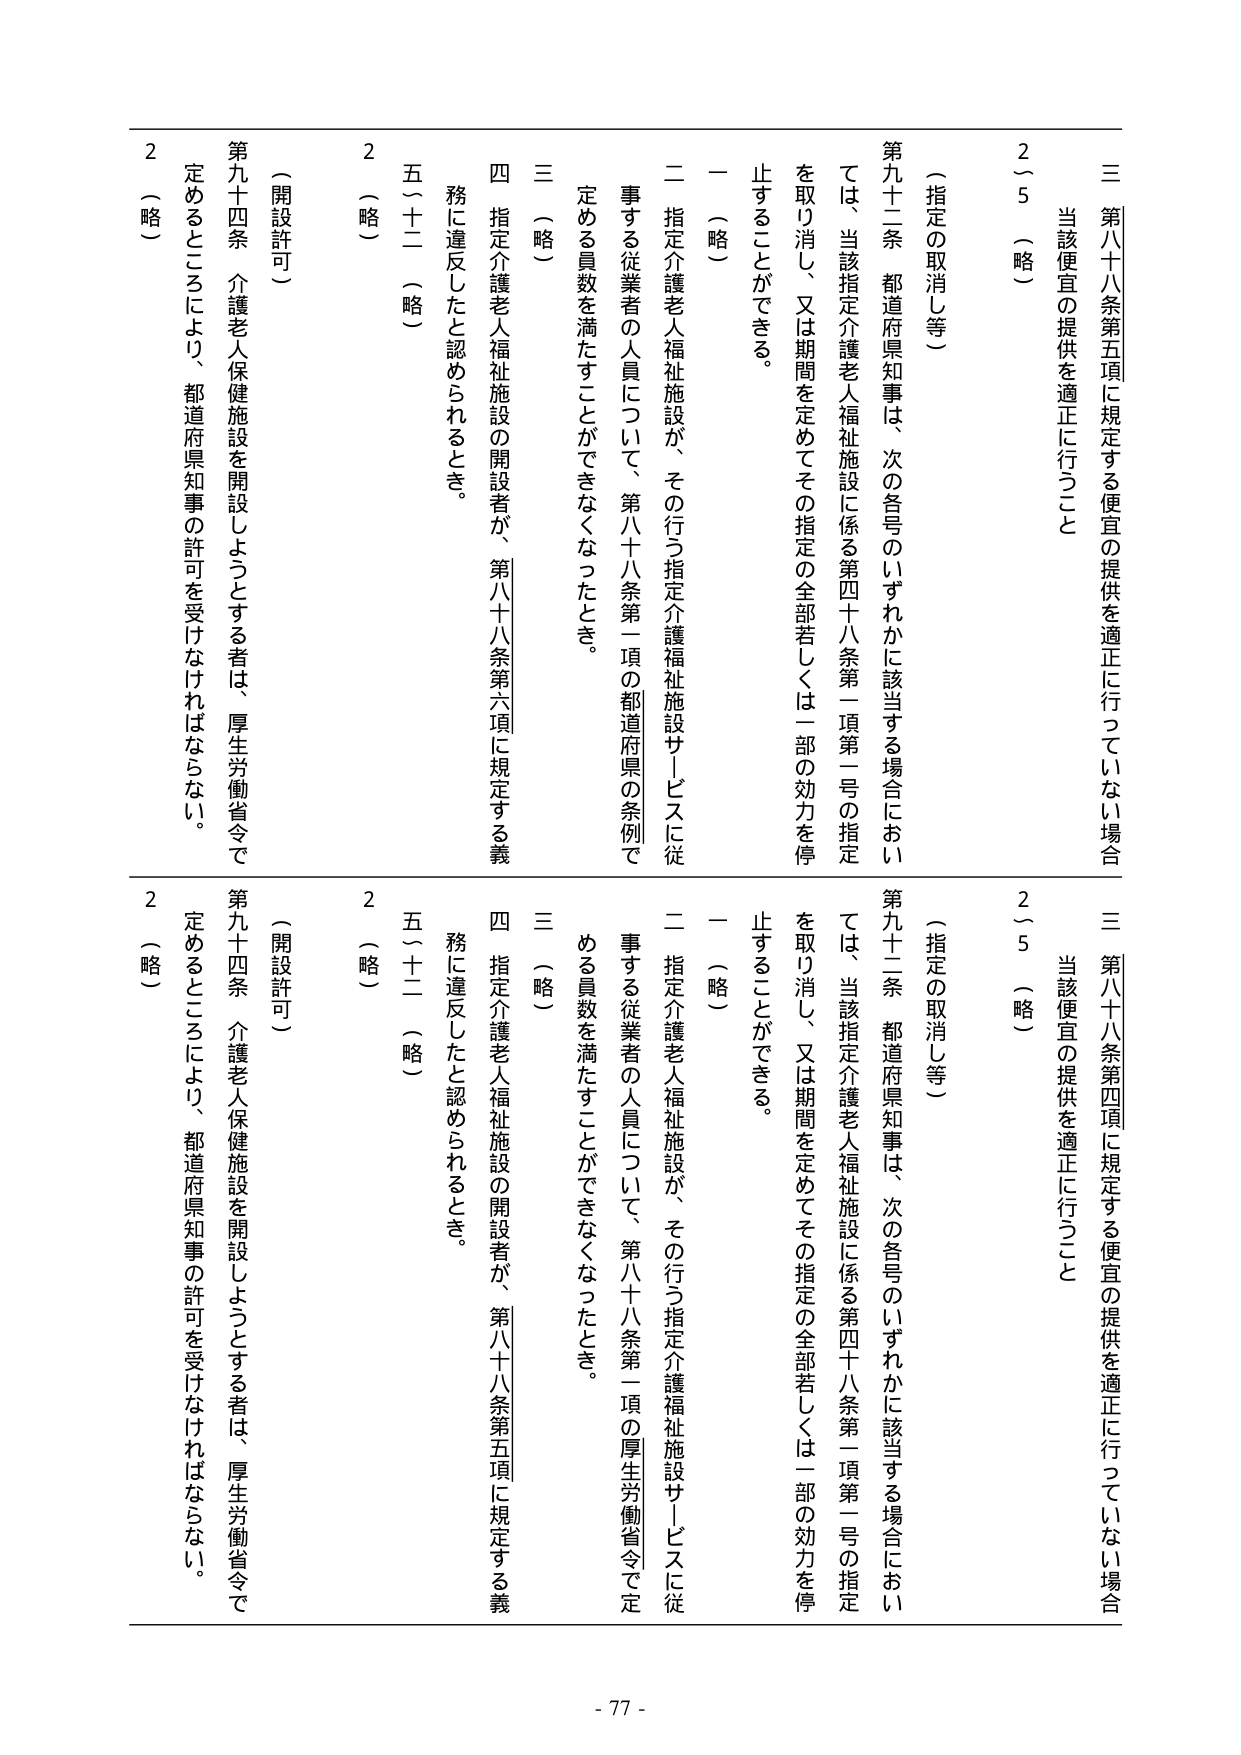
三 第八十八条第五項に規定する便宜の提供を適正に行っていない場合
当該便宜の提供を適正に行うこと
2～5 （略）

（指定の取消し等）
第九十二条 都道府県知事は、次の各号のいずれかに該当する場合においては、当該指定介護老人福祉施設に係る第四十八条第一項第一号の指定を取り消し、又は期間を定めてその指定の全部若しくは一部の効力を停止することができる。
一 （略）
二 指定介護老人福祉施設が、その行う指定介護福祉施設サービスに従事する従業者の人員について、第八十八条第一項の都道府県の条例で定める員数を満たすことができなくなったとき。
三 （略）
四 指定介護老人福祉施設の開設者が、第八十八条第六項に規定する義務に違反したと認められるとき。
五（十二）（略）
2 （略）

（開設許可）
第九十四条 介護老人保健施設を開設しようとする者は、厚生労働省令で定めるところにより、都道府県知事の許可を受けなければならない。
2 （略）

三 第八十八条第四項に規定する便宜の提供を適正に行っていない場合
当該便宜の提供を適正に行うこと
2～5 （略）

（指定の取消し等）
第九十二条 都道府県知事は、次の各号のいずれかに該当する場合においては、当該指定介護老人福祉施設に係る第四十八条第一項第一号の指定を取り消し、又は期間を定めてその指定の全部若しくは一部の効力を停止することができる。
一 （略）
二 指定介護老人福祉施設が、その行う指定介護福祉施設サービスに従事する従業者の人員について、第八十八条第一項の厚生労働省令で定める員数を満たすことができなくなったとき。
三 （略）
四 指定介護老人福祉施設の開設者が、第八十八条第五項に規定する義務に違反したと認められるとき。
五（十二）（略）
2 （略）

（開設許可）
第九十四条 介護老人保健施設を開設しようとする者は、厚生労働省令で定めるところにより、都道府県知事の許可を受けなければならない。
2 （略）

- 77 -